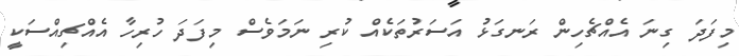
މިފަދަ ގިނަ އެއްޗެހިން ރަނގަޅު އަސަރުތަކެއް ކުރި ނަމަވެސް މިފަދަ ހުރިހާ އެއްޗިއްސަކީ